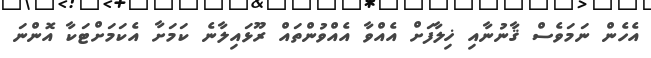
އެހެން ނަމަވެސް ޤާނުނާއި ޚިލާފަށް އެއްވާ އެއްވުންތައް ރޫޅައިލާނެ ކަމަށާ އެކަމަށްޓަކާ އޮންނަ